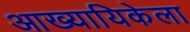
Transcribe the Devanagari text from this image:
आख्यायिकेला